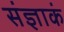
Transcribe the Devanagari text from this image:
संज्ञाकं